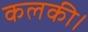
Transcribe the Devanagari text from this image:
कलकी।